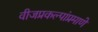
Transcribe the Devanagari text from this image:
वीजप्रकल्पांप्रमाणे